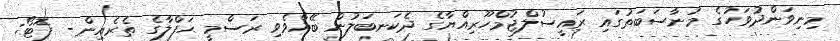
މިނިވަންދުވަހުގެ މުނާސަބަތުގައި ރައީސުލްޖުމްހޫރިއްޔާގެ ދެކަނބަލުން ބޭއްވެވި ރަސްމީ ޙަފްލާގެ ތެރެއިން - ފޮޓޯ: